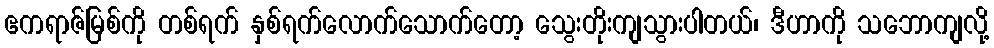
ဧကရာဇ်မြစ်ကို တစ်ရက် နှစ်ရက်လောက်သောက်တော့ သွေးတိုးကျသွားပါတယ်၊ ဒီဟာကို သဘောကျလို့